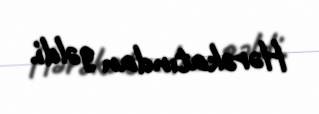
Hərəkatından gəldi.